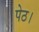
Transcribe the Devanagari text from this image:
पेठ।